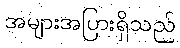
အများအပြားရှိသည်